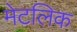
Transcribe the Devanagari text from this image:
मेटलिक